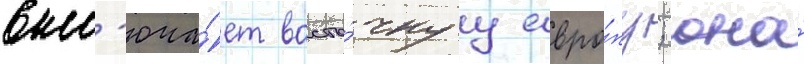
вкл'юча́ет восто́чнуу евро́пу; она́